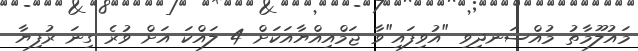
މައުލޫމާތު މުއްސަނދިވި "އުވިފައި"ވާ ޖަމްއިއްޔާއަކަށް 4 ލައްކަ އަށް ވުރެ ގިނަ ރުފިޔާ